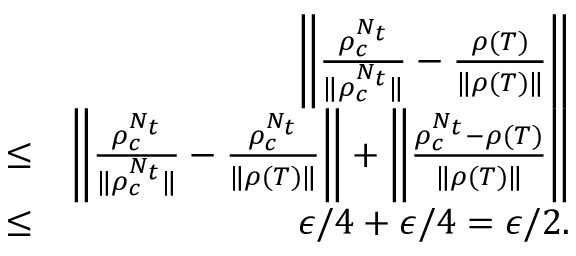
\begin{array} { r l r } & { } & { \bigg \| \frac { \rho _ { c } ^ { N _ { t } } } { \| \rho _ { c } ^ { N _ { t } } \| } - \frac { \rho ( T ) } { \| \rho ( T ) \| } \bigg \| } \\ & { \leq } & { \bigg \| \frac { \rho _ { c } ^ { N _ { t } } } { \| \rho _ { c } ^ { N _ { t } } \| } - \frac { \rho _ { c } ^ { N _ { t } } } { \| \rho ( T ) \| } \bigg \| + \bigg \| \frac { \rho _ { c } ^ { N _ { t } } - \rho ( T ) } { \| \rho ( T ) \| } \bigg \| } \\ & { \leq } & { \epsilon / 4 + \epsilon / 4 = \epsilon / 2 . } \end{array}